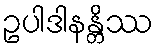
ဥပါဒါနန္တိဿ